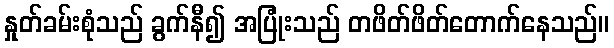
နှုတ်ခမ်းစုံသည် ခွက်နီ၍ အပြုံးသည် တဖိတ်ဖိတ်တောက်နေသည်။